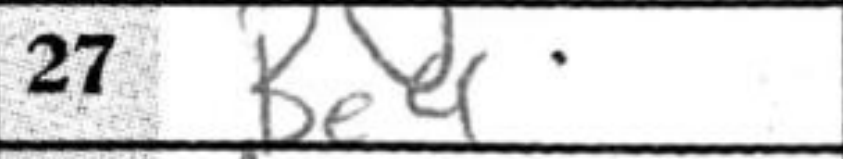
Transcription: Be4